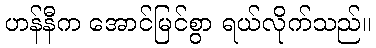
ဟန်နီက အောင်မြင်စွာ ရယ်လိုက်သည်။